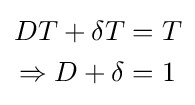
{\begin{aligned}DT+\delta T&=T\\\Rightarrow D+\delta &=1\end{aligned}}